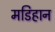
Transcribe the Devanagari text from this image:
मडिहान